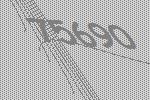
75690